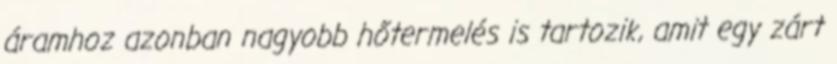
áramhoz azonban nagyobb hőtermelés is tartozik, amit egy zárt